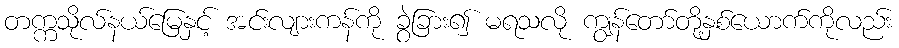
တက္ကသိုလ်နယ်မြေနှင့် အင်းလျားကန်ကို ခွဲခြား၍ မရသလို ကျွန်တော်တို့နှစ်ယောက်ကိုလည်း